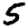
Digit: 5